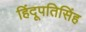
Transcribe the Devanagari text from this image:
हिंदूपतिसिंह